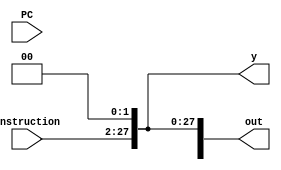
module ShiftLeftTwoJump(
    input wire [25:0] Instruction,
    input wire [3:0] PC,
    output reg [31:0] out,
    output reg [27:0] y
);

    always @(*) begin
        y = {{2'b00}, Instruction};
        y = y << 2;
        out <= {PC, y};

    end

endmodule

module testbench_shiftleft2jump;
    reg [25:0] Instruction;
    reg [3:0] PC;
    wire [31:0] out;
    wire [27:0] y;

    // Instancie o mdulo sizehandlerMUX
    ShiftLeftTwoJump dut (
        .Instruction(Instruction),
        .PC(PC),
        .out(out),
        .y(y)
    );

    initial begin
        // Teste 1: sb
        Instruction = 26'b00001000011110101010101010;
        PC = 4'b1110;
        #10; // Aguarde 10 unidades de tempo
        $display("Resultado (sb): %b", PC, " + ", Instruction, " = ", out);
        $display("olha o x: ", y);

        // Teste 2: sw
        Instruction = 26'd300;
        PC = 4'd7;
        #10; // Aguarde 10 unidades de tempo
        $display("Resultado (sb): %b", PC, " + ", Instruction, " = ", out);
        $display("olha o x: ", y);

        // Teste 1: sh
        Instruction = 26'd902;
        PC = 4'd7;
        #10; // Aguarde 10 unidades de tempo
        $display("Resultado (sb): %b", PC, " + ", Instruction, " = ", out);
        $display("olha o x: ", y);
        
        $finish;
    end
endmodule